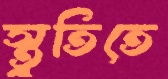
স্তুতিতে